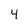
Character: 4